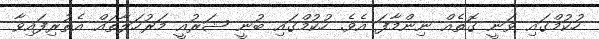
ހުކުމްގައި ވަނީ ގޮތެއް ނިންމާފަ އެވެ. ހުކުމްގައި ބުނީ ޝަރުއީ މަރުހަލާތައް އެތުރިފައިވާ